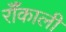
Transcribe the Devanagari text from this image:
रॉँकाली